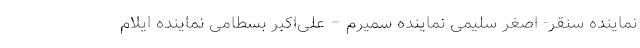
نماینده سنقر- اصغر سلیمی نماینده سمیرم – علی‌اکبر بسطامی نماینده ایلام